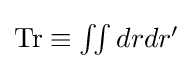
{\textstyle \operatorname {Tr} \equiv \iint drdr'}